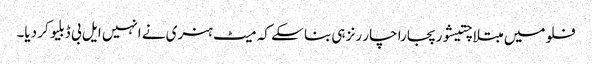
فلو میں مبتلا چتیشور پجارا چار رنز ہی بنا سکے کہ میٹ ہنری نے انہیں ایل بی ڈبلیو کر دیا۔